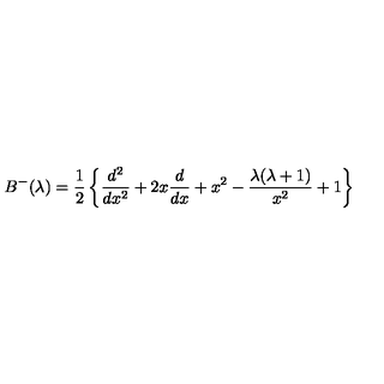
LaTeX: B ^ { - } ( \lambda ) = { \frac { 1 } { 2 } } \left\{ { \frac { d ^ { 2 } } { d x ^ { 2 } } } + 2 x { \frac { d } { d x } } + x ^ { 2 } - { \frac { \lambda ( \lambda + 1 ) } { x ^ { 2 } } } + 1 \right\}